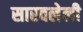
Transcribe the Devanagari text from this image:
सारवलेली